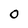
Character: 0